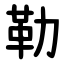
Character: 勒